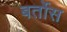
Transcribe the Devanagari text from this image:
बर्तोस